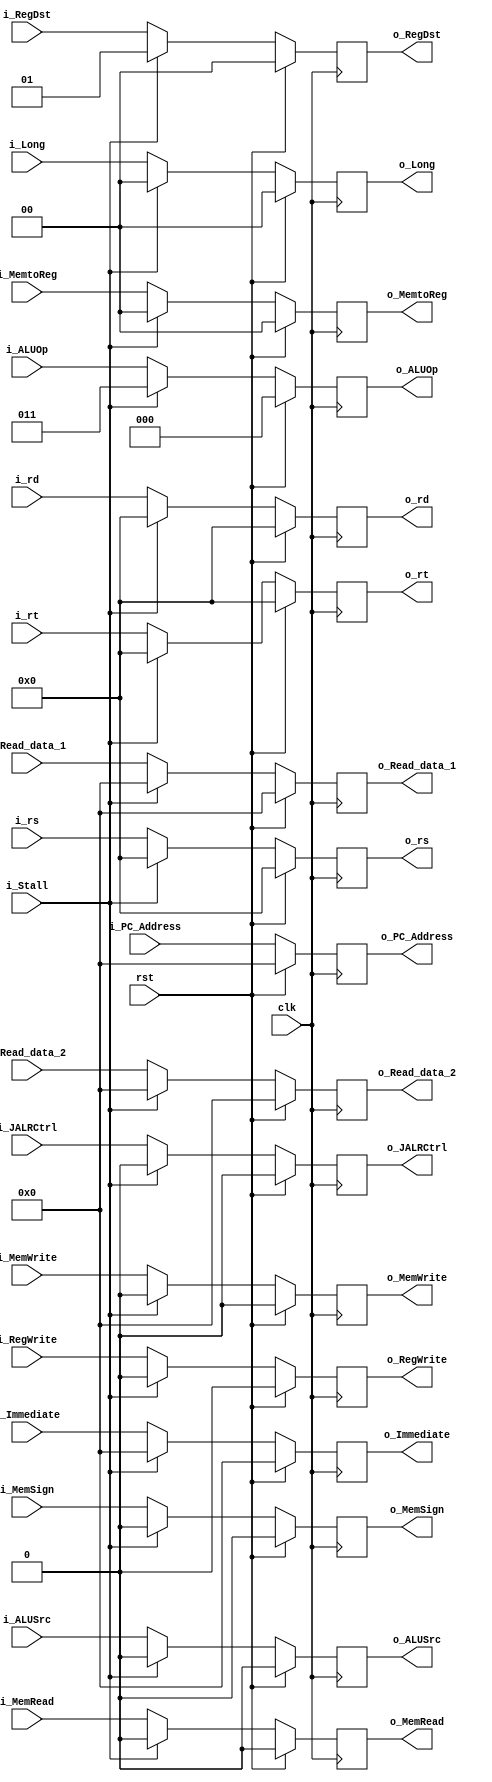
module ID_EX (
    input  wire        clk          , // Clock
    input  wire        rst          ,
    input  wire        i_Stall      ,
    // Registers - IN
    input  wire [31:0] i_PC_Address ,
    input  wire [31:0] i_Read_data_1,
    input  wire [31:0] i_Read_data_2,
    input  wire [31:0] i_Immediate  ,
    input  wire [ 4:0] i_rt         ,
    input  wire [ 4:0] i_rd         ,
    input  wire [ 4:0] i_rs         ,
    // WB - Control - IN
    input  wire        i_RegWrite   ,
    input  wire [ 1:0] i_MemtoReg   ,
    // M - Control - IN
    input  wire        i_MemRead    ,
    input  wire        i_MemWrite   ,
    input  wire [ 1:0] i_Long       ,
    input  wire        i_MemSign    ,
    // EX - Control - IN
    input  wire [ 1:0] i_RegDst     ,
    input  wire [ 2:0] i_ALUOp      ,
    input  wire        i_ALUSrc     ,
    input  wire        i_JALRCtrl   ,
    // Registers - OUT
    output wire [31:0] o_PC_Address ,
    output wire [31:0] o_Read_data_1,
    output wire [31:0] o_Read_data_2,
    output wire [31:0] o_Immediate  ,
    output wire [ 4:0] o_rt         ,
    output wire [ 4:0] o_rd         ,
    output wire [ 4:0] o_rs         ,
    // WB - Control - OUT
    output wire        o_RegWrite   ,
    output wire [ 1:0] o_MemtoReg   ,
    // M - Control - OUT
    output wire        o_MemRead    ,
    output wire        o_MemWrite   ,
    output wire [ 1:0] o_Long       ,
    output wire        o_MemSign    ,
    // EX - Control - OUT
    output wire [ 1:0] o_RegDst     ,
    output wire [ 2:0] o_ALUOp      ,
    output wire        o_ALUSrc     ,
    output wire        o_JALRCtrl
);

    reg [31:0] PC_Address ;
    reg [31:0] Read_data_1;
    reg [31:0] Read_data_2;
    reg [31:0] Immediate  ;
    reg [ 4:0] rt         ;
    reg [ 4:0] rd         ;
    reg [ 4:0] rs         ;
    reg        RegWrite   ;
    reg [ 1:0] MemtoReg   ;

    reg       MemRead ;
    reg       MemWrite;
    reg [1:0] Long    ;
    reg       MemSign ;
    reg [1:0] RegDst  ;
    reg [2:0] ALUOp   ;
    reg       ALUSrc  ;
    reg       JALRCtrl;


    always @(negedge clk) begin : proc_Registers
        if(rst) begin
            PC_Address  <= 32'b0;
            Read_data_1 <= 32'b0;
            Read_data_2 <= 32'b0;
            Immediate   <= 32'b0;
            rt          <= 5'b0;
            rd          <= 5'b0;
            rs          <= 5'b0;

            RegWrite <= 1'b0;
            MemtoReg <= 2'b0;
            MemRead  <= 1'b0;
            MemWrite <= 1'b0;
            Long     <= 2'b0;
            MemSign  <= 1'b0;
            RegDst   <= 2'b0;
            ALUOp    <= 3'b0;
            ALUSrc   <= 1'b0;
            JALRCtrl <= 1'b0;

        end else if (i_Stall) begin //se transforma en una NOP

            PC_Address  <= i_PC_Address;
            Read_data_1 <= 32'b0;
            Read_data_2 <= 32'b0;
            Immediate   <= 32'b0;
            rt          <= 5'b0;
            rd          <= 5'b0;
            rs          <= 5'b0;

            RegWrite <= 1'b0;
            MemtoReg <= 2'b0;
            MemRead  <= 1'b0;
            MemWrite <= 1'b0;
            Long     <= 2'b0;
            MemSign  <= 1'b0;
            RegDst   <= 2'b01;
            ALUOp    <= 3'b011;
            ALUSrc   <= 1'b0;
            JALRCtrl <= 1'b0;

        end else begin
            // Registers
            PC_Address  <= i_PC_Address ;
            Read_data_1 <= i_Read_data_1;
            Read_data_2 <= i_Read_data_2;
            Immediate   <= i_Immediate  ;
            rt          <= i_rt;
            rd          <= i_rd;
            rs          <= i_rs;

            // Control
            RegWrite <= i_RegWrite   ;
            MemtoReg <= i_MemtoReg   ;


            MemRead  <= i_MemRead    ;
            MemWrite <= i_MemWrite   ;
            Long     <= i_Long       ;
            MemSign  <= i_MemSign    ;

            RegDst   <= i_RegDst     ;
            ALUOp    <= i_ALUOp      ;
            ALUSrc   <= i_ALUSrc     ;
            JALRCtrl <= i_JALRCtrl   ;
        end
    end
    // Registers
    assign o_PC_Address  = PC_Address ;
    assign o_Read_data_1 = Read_data_1;
    assign o_Read_data_2 = Read_data_2;
    assign o_Immediate   = Immediate  ;
    assign o_rt          = rt         ;
    assign o_rd          = rd         ;
    assign o_rs          = rs         ;
    // Control
    assign o_RegWrite = RegWrite   ;
    assign o_MemtoReg = MemtoReg   ;


    assign o_MemRead  = MemRead    ;
    assign o_MemWrite = MemWrite   ;
    assign o_Long     = Long       ;
    assign o_MemSign  = MemSign    ;

    assign o_RegDst   = RegDst     ;
    assign o_ALUOp    = ALUOp      ;
    assign o_ALUSrc   = ALUSrc     ;
    assign o_JALRCtrl = JALRCtrl   ;

endmodule